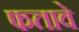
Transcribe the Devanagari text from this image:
फतावे